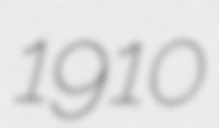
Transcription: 1910